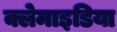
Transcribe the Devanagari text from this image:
क्लेमाइडिया